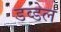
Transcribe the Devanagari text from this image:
डव्डेल